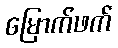
မြောက်ဖက်